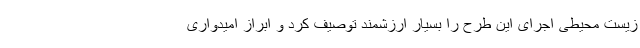
زیست محیطی اجرای این طرح را بسیار ارزشمند توصیف کرد و ابراز امیدواری